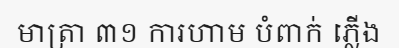
មាត្រា ៣១ ការហាម បំពាក់ ភ្លើង